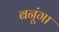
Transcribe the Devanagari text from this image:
बनूंगा